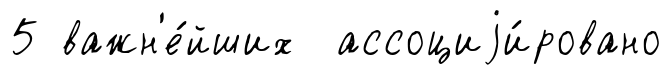
5 важн'е́йших ассоциjи́ровано